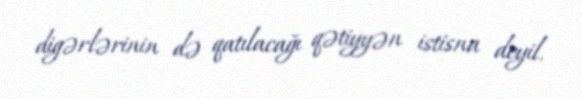
digərlərinin də qatılacağı qətiyyən istisna deyil.